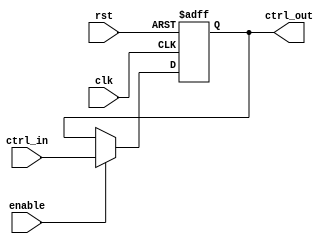
module ControlRegister (
    input wire clk,               // Clock signal
    input wire rst,               // Asynchronous reset signal
    input wire [N-1:0] ctrl_in,   // Control inputs (N-bit wide)
    input wire enable,            // Enable signal for updating the control register
    output reg [N-1:0] ctrl_out   // Control outputs (N-bit wide)
);

parameter N = 8; // Define the width of the control register

// Asynchronous reset and clocked behavior
always @(posedge clk or posedge rst) begin
    if (rst) begin
        // Reset behavior: set control register to default state (all bits 0)
        ctrl_out <= {N{1'b0}};
    end else if (enable) begin
        // Clocked behavior: update control register based on control inputs
        ctrl_out <= ctrl_in;
    end
    // If enable is low, retain the previous value of ctrl_out
end

endmodule